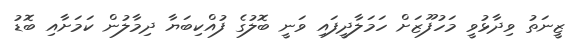
ޒީނަތު ވިދާޅުވީ މަހުފޫޒަށް ހަމަލާދީފައި ވަނީ ބޮލުގެ ފުއްކިބަޔާ ދިމާލުން ކަމަށާއި ބޮޑު